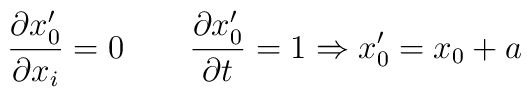
{\partial x^{\prime}_{0}\over\partial x_{i} } = 0\qquad {\partial x^{\prime}_{0}\over\partial t}= 1  \Rightarrow x^{\prime}_{0} = x_{0} +a